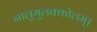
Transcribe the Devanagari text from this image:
नालुमूलक्कोलम्।